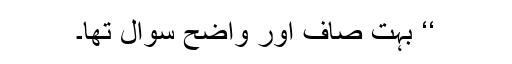
‘‘ بہت صاف اور واضح سوال تھا۔